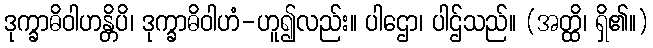
ဒုက္ခာဓိဝါဟန္တိပိ၊ ဒုက္ခာဓိဝါဟံ-ဟူ၍လည်း။ ပါဌော၊ ပါဌ်သည်။ (အတ္ထိ၊ ရှိ၏။)